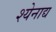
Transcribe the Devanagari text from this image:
श्येनाद्य